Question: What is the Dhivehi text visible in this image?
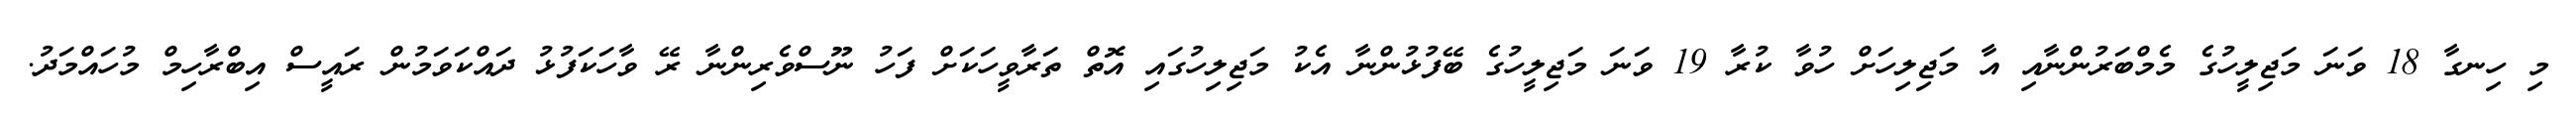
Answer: މި ހިނގާ 18 ވަނަ މަޖިލީހުގެ މެމްބަރުންނާއި އާ މަޖިލިހަށް ހުވާ ކުރާ 19 ވަނަ މަޖިލީހުގެ ބޭފުޅުންނާ އެކު މަޖިލިހުގައި އޮތް ތަރާވީހަކަށް ފަހު ނޫސްވެރިންނާ ރޭ ވާހަކަފުޅު ދައްކަވަމުން ރައީސް އިބްރާހިމް މުހައްމަދު.